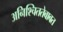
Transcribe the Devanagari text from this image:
अनिश्चिततेबाबत